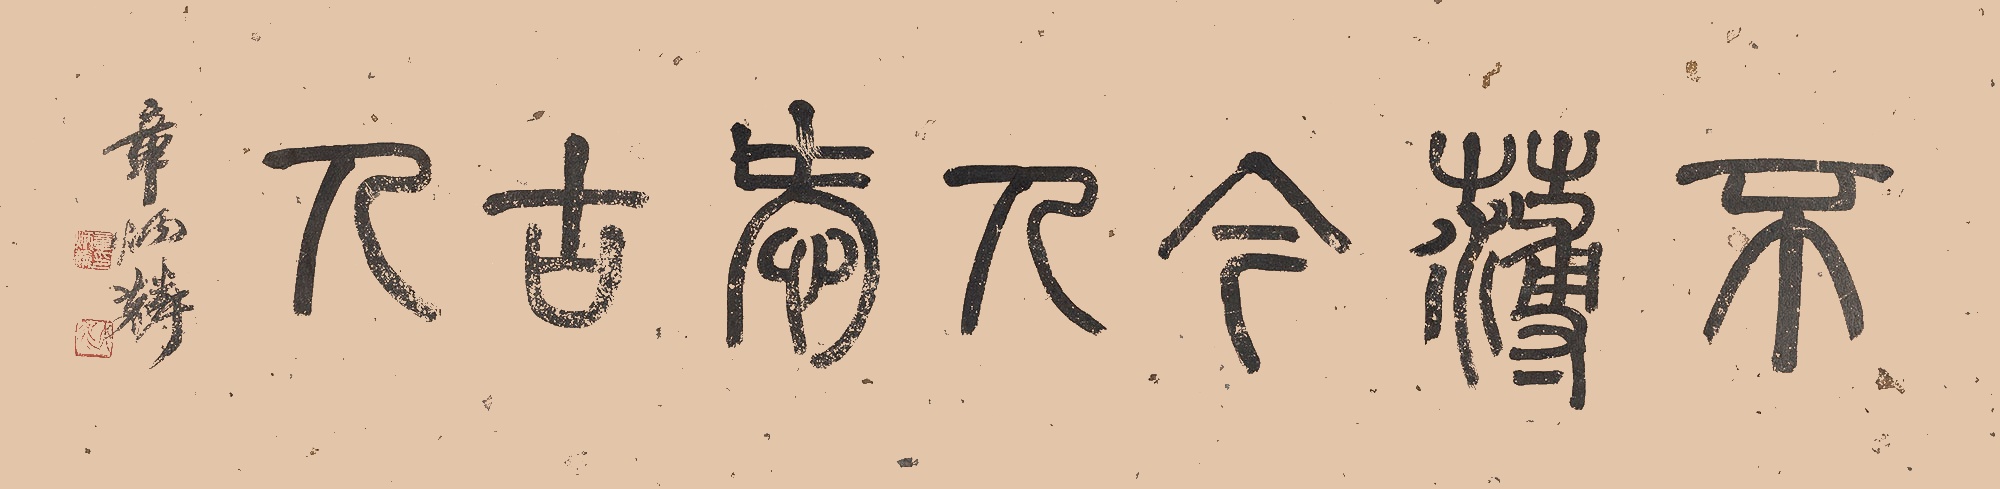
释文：不薄今人爱古人章炳麟。